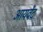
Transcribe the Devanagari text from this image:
आयर्वेद